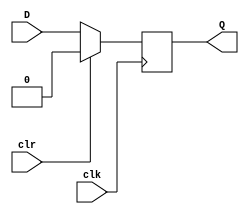
`timescale 1ns / 1ps
//////////////////////////////////////////////////////////////////////////////////
// Company: 
// Engineer: 
// 
// Design Name: 
// Module Name:    D_FF 
// Project Name: 
// Target Devices: 
// Tool versions: 
// Description: 
//
// Dependencies: 
//
// Revision: 
// Revision 0.01 - File Created
// Additional Comments: 
//
//////////////////////////////////////////////////////////////////////////////////
module D_FF(Q,D,clk,clr);

	input D,clk,clr;
	output reg Q;
	
	always @(posedge clk)
		begin
		
		if(clr == 1'b1) Q <= 1'b0;
		
		else Q <= D;
		
		end
	
endmodule